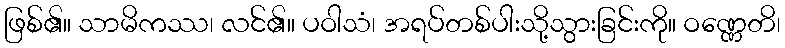
ဖြစ်၏။ သာမိကဿ၊ လင်၏။ ပဝါသံ၊ အရပ်တစ်ပါးသို့သွားခြင်းကို။ ဝဏ္ဏေတိ၊